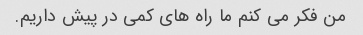
من فکر می کنم ما راه های کمی در پیش داریم.